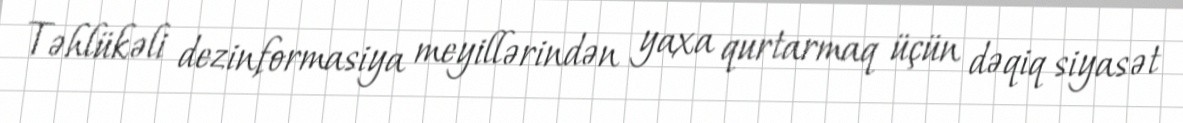
Təhlükəli dezinformasiya meyillərindən yaxa qurtarmaq üçün dəqiq siyasət